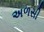
અળસી